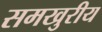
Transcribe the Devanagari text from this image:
समखुरीय